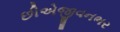
છીએજીવનભર